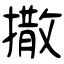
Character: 撒